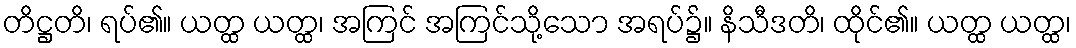
တိဋ္ဌတိ၊ ရပ်၏။ ယတ္ထ ယတ္ထ၊ အကြင် အကြင်သို့သော အရပ်၌။ နိသီဒတိ၊ ထိုင်၏။ ယတ္ထ ယတ္ထ၊